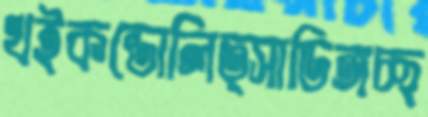
খইকন্ডোলিত্সাডিঙ্গচ্ছ